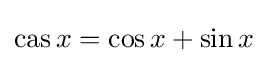
\operatorname {cas} x=\cos x+\sin x